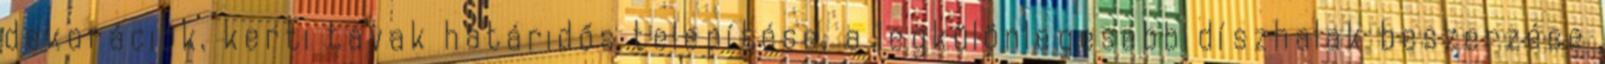
dekorációk, kerti tavak határidős telepítése, a legkülönlegesebb díszhalak beszerzése